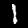
Digit: 1